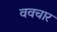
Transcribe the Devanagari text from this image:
ववचार